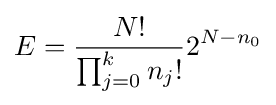
E={\frac {N!}{\prod _{j=0}^{k}n_{j}!}}2^{N-n_{0}}